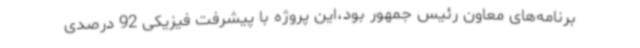
برنامه‌های معاون رئیس جمهور بود،این پروژه با پیشرفت فیزیکی 92 درصدی